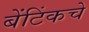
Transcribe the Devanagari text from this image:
बेंटिंकचे